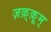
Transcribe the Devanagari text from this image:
ज़क़्क़ूम्